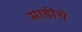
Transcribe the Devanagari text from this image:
साडींचे